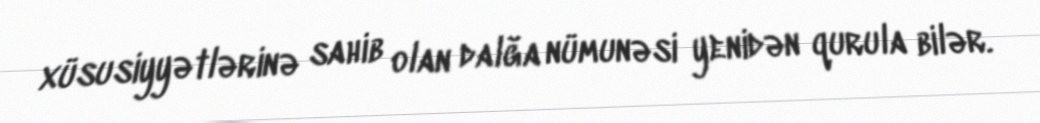
xüsusiyyətlərinə sahib olan dalğa nümunəsi yenidən qurula bilər.